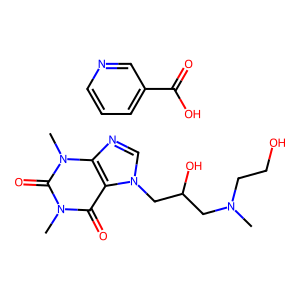
SMILES: CN(CCO)CC(O)Cn1cnc2c1c(=O)n(C)c(=O)n2C.O=C(O)c1cccnc1
Inhibits HIV replication: No